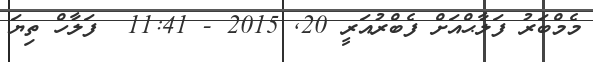
މެމްބަރު ފަލާޙްއަށް ފެބްރުއަރީ 20